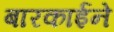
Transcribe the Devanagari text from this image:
बारकार्इने